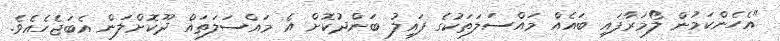
"އެހެންކަމުން ލޯމަރާފައި ބައެއް މައްސަލަތަކުގެ ފައިލު ބަންދުކޮށް އެ މައްސަލަތައް ދޫކޮށްލަން އެބަޖެހެއެވެ.